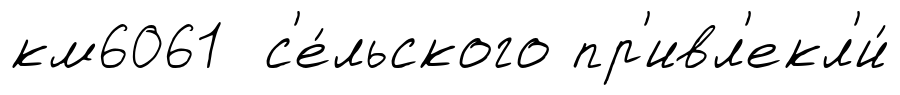
км6061 с'е́льского пр'ивл'екл'и́